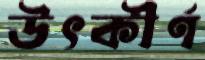
উৎকীর্ণ